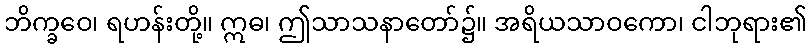
ဘိက္ခဝေ၊ ရဟန်းတို့။ ဣဓ၊ ဤသာသနာတော်၌။ အရိယသာဝကော၊ ငါဘုရား၏